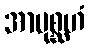
အာပုစ္ဆဟံ